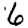
Digit: 6